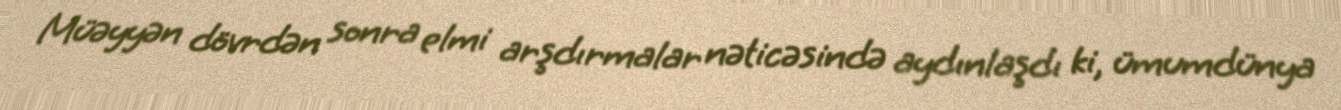
Müəyyən dövrdən sonra elmi arşdırmalar nəticəsində aydınlaşdı ki, ümumdünya